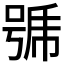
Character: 𭈹